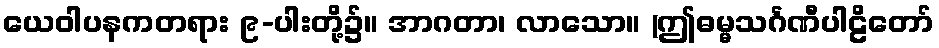
ယေဝါပနကတရား ၉-ပါးတို့၌။ အာဂတာ၊ လာသော။ (ဤဓမ္မသင်္ဂဏီပါဠိတော်